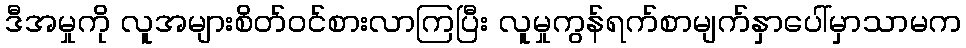
ဒီအမှုကို လူအများစိတ်ဝင်စားလာကြပြီး လူမှုကွန်ရက်စာမျက်နှာပေါ်မှာသာမက